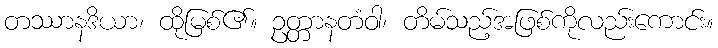
တဿာနဒိယာ၊ ထိုမြစ်၏။ ဥတ္တာနတံဝါ၊ တိမ်သည့်အဖြစ်ကိုလည်းကောင်း။